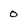
Character: 0